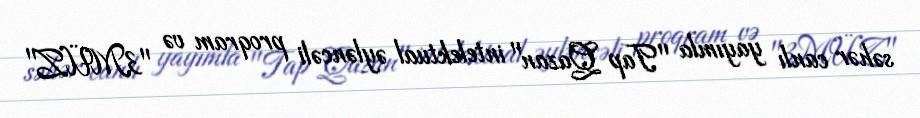
səhər canlı yayımla "Tap Qazan" intelektual əyləncəli proqram və "3MÜZ"